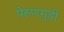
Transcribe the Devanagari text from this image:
पेरुणगुडी